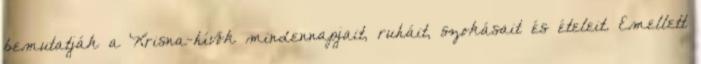
bemutatják a Krisna-hívők mindennapjait, ruháit, szokásait és ételeit. Emellett